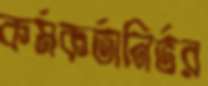
কর্মকর্তানির্ভর